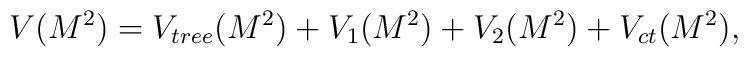
V(M^{2})=V_{tree}(M^{2})+V_{1}(M^{2})+V_{2}(M^{2})+V_{ct}(M^{2}),